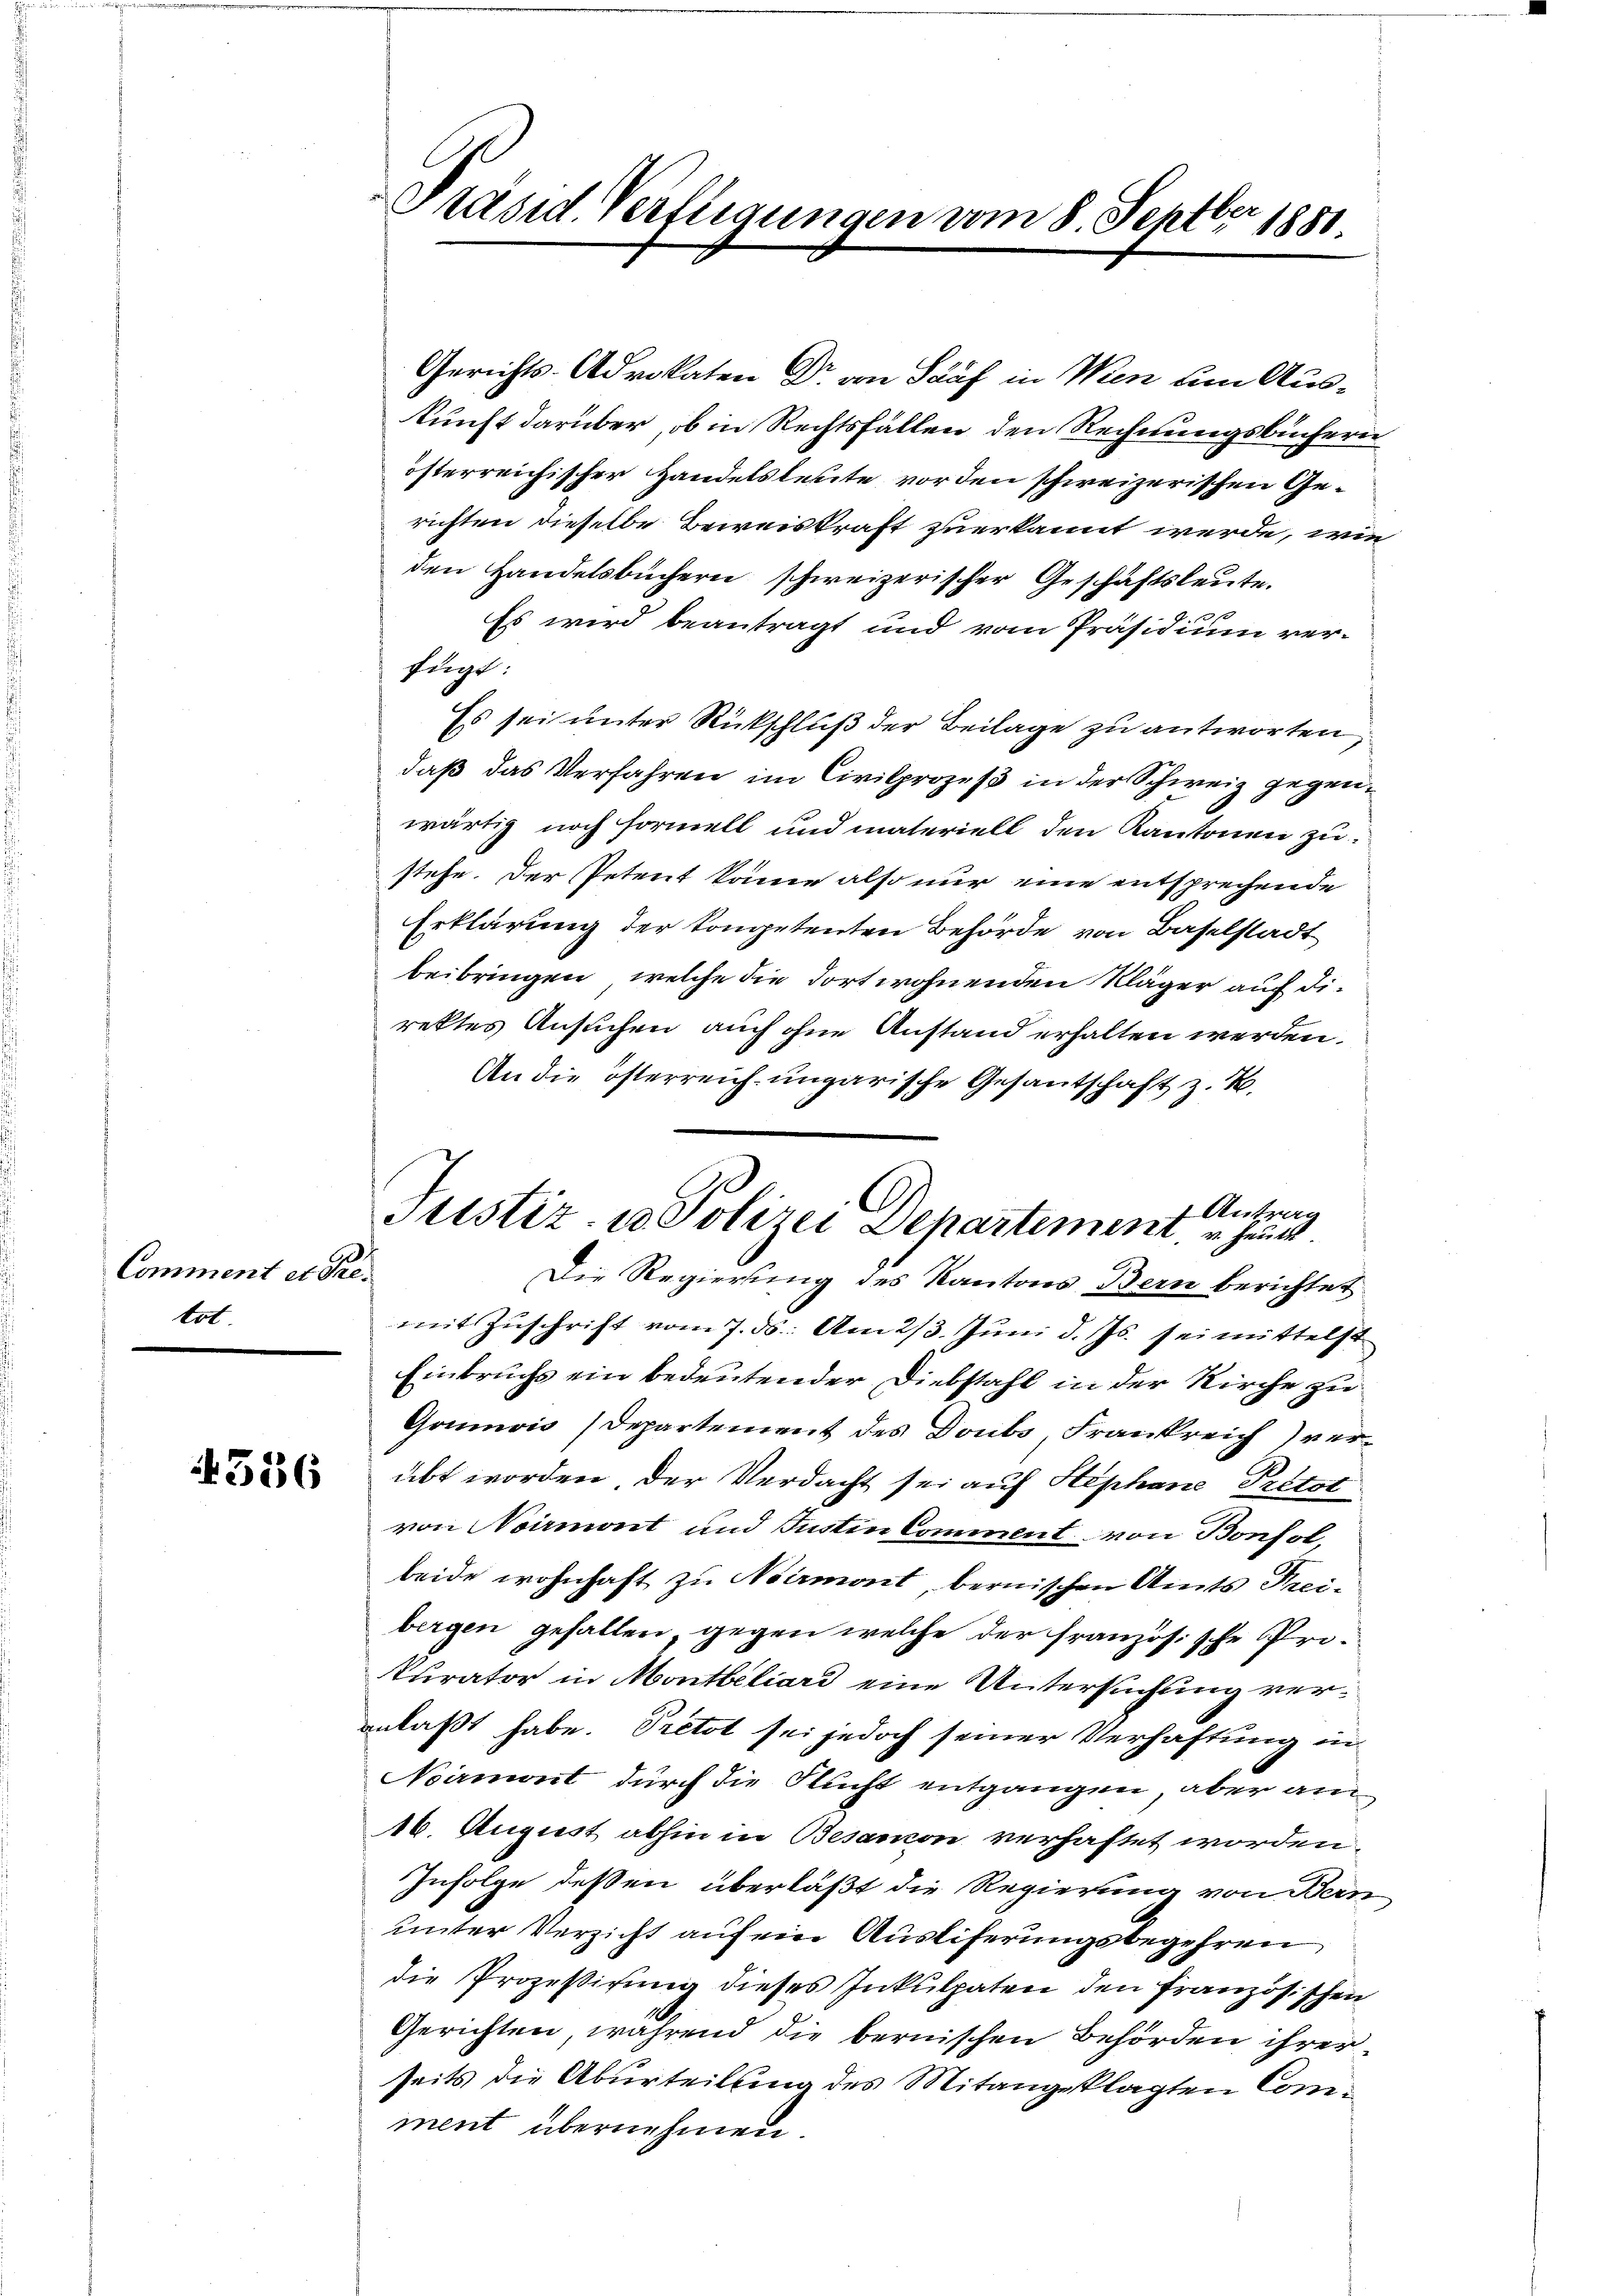
Comment et Pretot

4536

Präsid. Verfügungen vom 8. Septbr 1881

Gerichts-Advokaten Dr. an Sauf in Wien um Auskunft darüber, ob in Rechtsfallen den Rechnungsbüchern
österreichischer Handelsleute vor den schweizerischen Gerichten dieselbe Beweiskraft zuerkannt werde, wie
den Handelsbüchern schweizerischer Geschäftsleute.
Es wird beantragt und vom Präsidium verfügt:
Es sei unter Rückschluß der Beilage zu antworten,
daß das Verfahren im Civilprozeß in der Schweiz gegenwärtig noch formell und materiell den Kantonen zustehe. Der Petent könne also nur eine entsprechende
Erklärung der kompetenten Behörde von Baselstadt
beibringen, welche die dort wohnenden Kläger auf die
rektes Ansuchen auch ohne Anstand erhalten werden.
An die österreich ungarische Gesantschaft z. B.
Antrag
Die Regierung des Kantons Bern berichtet
mit Zuschrift vom 7. ds. Am 23. Juni d. Js. sei mittelst
Einbruchs ein bedeutender Diebstahl in der Kirche zu
Goumois Departement des Doubs, Frankreich verübt worden der Verdacht sei auf Stephane Pretst
von Noirmont und Justin Comment von Bonfolbeide wohnhaft zu Noirmont, bernischen Amts Preibergen gefallen, gegen welche der französische Prokurator in Montbiliard eine Untersuchung veranlaßt habe. Pretot sei jedoch seiner Verhaftung in
Noirmont durch die Flucht entgangen, aber am
16. August abhin in Besancon verhaftet worden.
Infolge deßen überläßt die Regierung von Bern
unter Verzicht auf ein Ausliferungsbegehren
die Prozessirung dieses Inkulpaten den französischen
Gerichten, während die bernischen Behörden ihrer
seits die Aburteilung des Mitangeklagten Comment übernehmen

C
Justiz- u Polizei Departement u. heut